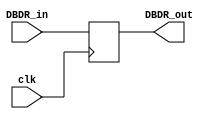
`timescale 1ns / 1ps
//////////////////////////////////////////////////////////////////////////////////
// Company: 
// Engineer: 
// 
// Design Name: 
// Module Name: DBDR
// Project Name: 
// Target Devices: 
// Tool Versions: 
// Description: 
// 
// Dependencies: 
// 
// Revision:
// Revision 0.01 - File Created
// Additional Comments:
// 
//////////////////////////////////////////////////////////////////////////////////


module DBDR(
    input [31:0] DBDR_in,
    input clk,
    output reg [31:0] DBDR_out
    );
    
    always@ (posedge clk) begin
        DBDR_out = DBDR_in;
    end
    
endmodule